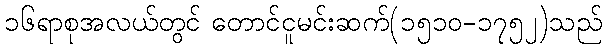
၁၆ရာစုအလယ်တွင် တောင်ငူမင်းဆက်(၁၅၁၀-၁၇၅၂)သည်